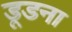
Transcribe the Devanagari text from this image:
डूडना